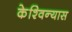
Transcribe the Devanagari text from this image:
केश्विन्यास